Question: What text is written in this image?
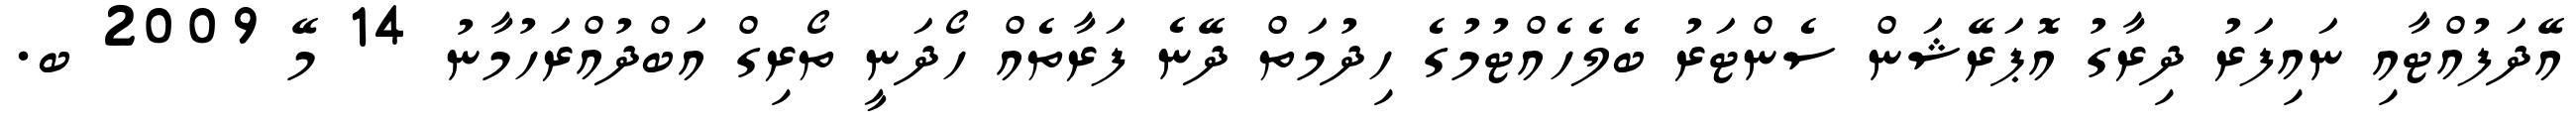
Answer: އޭދަފުއްޓާއި ނައިފަރު ދިރާގު އޮޕަރޭޝަން ސެންޓަރު ބެލެހެއްޓުމުގެ ހިދުމަތް ދޭނެ ފަރާތެއް ހޯދަނީ ތޯރިގް އަބްދުއްރަހުމާނު 14 މޭ 2009 ބ.